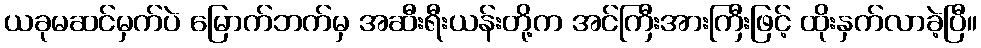
ယခုမဆင်မှက်ပဲ မြောက်ဘက်မှ အဆီးရီးယန်းတို့က အင်ကြီးအားကြီးဖြင့် ထိုးနှက်လာခဲ့ပြီ။